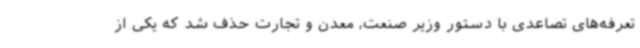
تعرفه‌های تصاعدی با دستور وزیر صنعت، معدن و تجارت حذف شد که یکی از